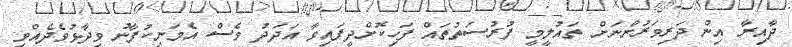
ދާއިރާ އިން ދަރިވަރުންނަށް ތައުލީމީ ފުރުސަތުތައް ފަހިކޮށްދީފައިވާ އަދަދު ވެސް އެމަނިކުފާނު ވިދާޅުވެދެއްވި